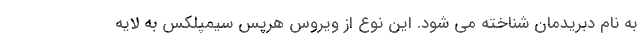
به نام دبریدمان شناخته می شود. این نوع از ویروس هرپس سیمپلکس به لایه